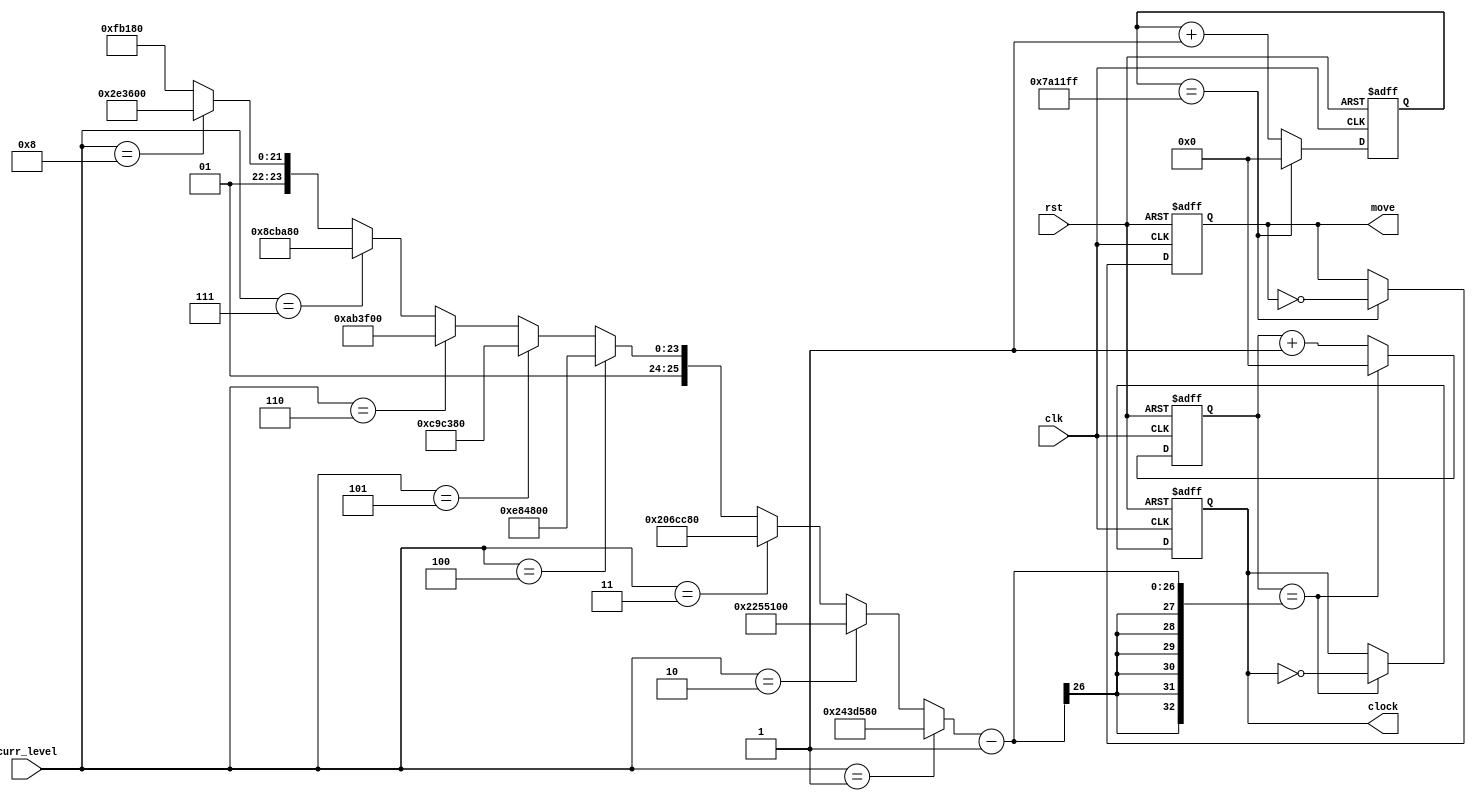
`timescale 1ns / 1ps
//////////////////////////////////////////////////////////////////////////////////
// Company: 
// Engineer: 
// 
// Design Name: 
// Module Name:    clock_divider 
// Project Name: 
// Target Devices: 
// Tool versions: 
// Description: 
//
// Dependencies: 
//
// Revision: 
// Revision 0.01 - File Created
// Additional Comments: 
//
//////////////////////////////////////////////////////////////////////////////////
module clock_divider(
    input [3:0] curr_level,
	 input rst,
	 input clk,
    output clock,
	 output move
    );
	 
	reg[31:0] counter = 0;
	reg [31:0] cnt = 0;
	reg game_clk;
	reg tempclk;
	
	wire [32:0] div_factor;
	
	
	assign div_factor = (curr_level == 4'b0001) ? 38000000 :
		(curr_level == 4'b0010) ? 36000000 :
		(curr_level == 4'b0011) ? 34000000 :
		(curr_level == 4'b0100) ? 32000000 :
		(curr_level == 4'b0101) ? 30000000 :
		(curr_level == 4'b0110) ? 28000000 :
		(curr_level == 4'b0111) ? 26000000 :
		(curr_level == 4'b1000) ? 24000000 :
		22000000 ;
		
	always @ (posedge clk or posedge rst)
	begin
		if (rst == 1'b1)
		begin
			counter <= 32'b0;
			game_clk <= 1'b0;
		end
		else if (counter == div_factor -1)
		begin
			counter <= 32'b0;
			game_clk <= ~game_clk;
		end
		else
		begin
			counter <= counter + 32'b1;
			game_clk <= game_clk;
		end
	end
	
	integer x = 8000000;
	
	always @ (posedge clk or posedge rst)
	begin
		if (rst == 1'b1)
		begin
			cnt <= 32'b0;
			tempclk <= 1'b0;
		end
		else if (cnt == x -1)
		begin
			cnt <= 32'b0;
			tempclk <= ~tempclk;
		end
		else
		begin
			cnt <= cnt + 32'b1;
			tempclk <= tempclk;
		end
	end
	
	assign move = tempclk;
	assign clock = game_clk;


endmodule